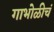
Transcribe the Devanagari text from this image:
गाभोळीचं